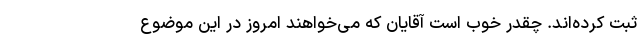
ثبت کرده‌اند. چقدر خوب است آقایان که می‌خواهند امروز در این موضوع